Indian journal of veterinary science and animal husbandry - Volumes 15-17, 1948-1951
Year: 1948
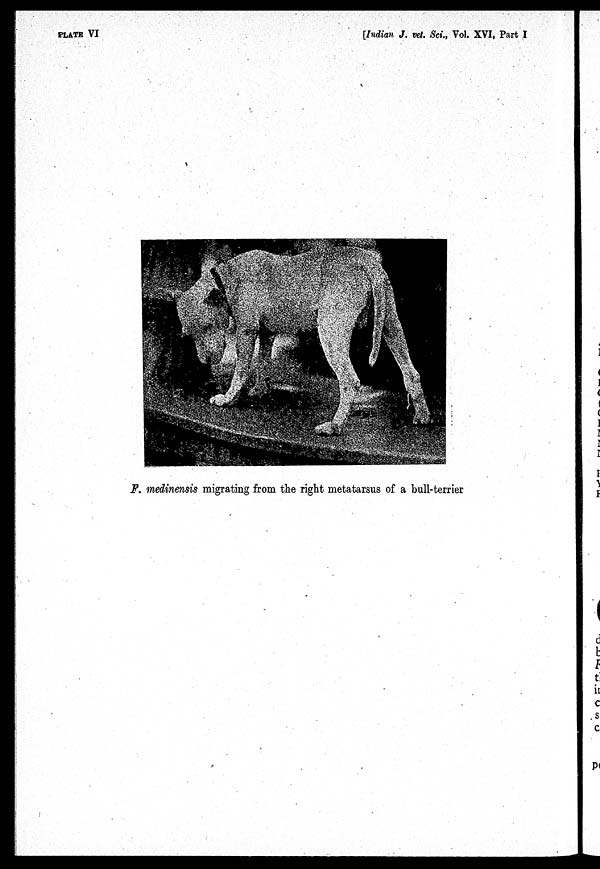
PLATE VI
[Indian J. vet. Sci., Vol. XVI, Part I
F. medinensis migrating from the right metatarsus of a bull-terrier